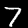
Label: 7